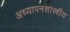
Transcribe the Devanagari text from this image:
अध्यापनशास्त्रीय